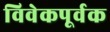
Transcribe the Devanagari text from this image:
विवेकपूर्वक